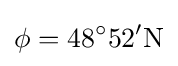
\phi =\mathrm {48^{\circ }52'N}